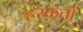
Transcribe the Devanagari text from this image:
हरक़तों